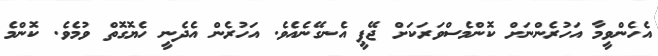
އެހެންވީމާ އަހުރެންނަށް ކޮންމެސްވަރަކަށް ޖޭޕީ އެނގޭނެއެވެ. އަހުރެން އެދެނީ ހެޔޮގޮތް ވުމެވެ. ކޮންމެ